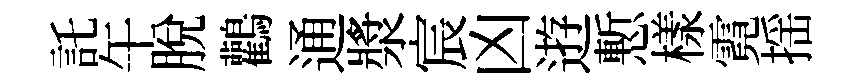
託午脱鸛通漿宸凶逰慙樣霓揺